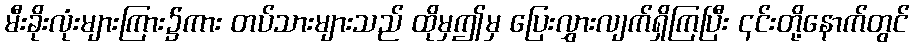
မီးခိုးလုံးများကြား၌ကား တပ်သားများသည် ထိုမှဤမှ ပြေးလွှားလျက်ရှိကြပြီး ၎င်းတို့နောက်တွင်